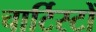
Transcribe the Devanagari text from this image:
चार्टिस्टों